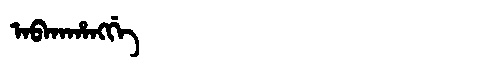
Manchu: ᠠᠪᡴᠠᡥᠠᠩᡤᡝ
Romanization: ABKAHANGGE